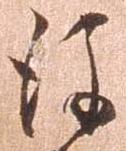
後